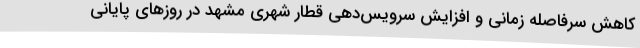
کاهش سرفاصله زمانی و افزایش سرویس‌دهی قطار شهری مشهد در روزهای پایانی